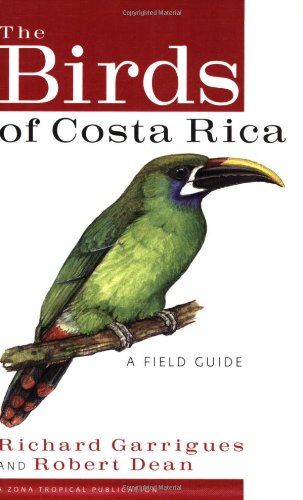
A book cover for The Birds of Costa Rica: A Field Guide (Zona Tropical Publications); Richard Garrigues; Travel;